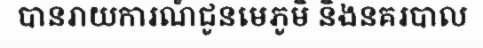
បានរាយការណ៍ជូនមេភូមិ និងនគរបាល